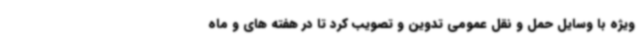
ویژه با وسایل حمل و نقل عمومی تدوین و تصویب کرد تا در هفته های و ماه